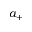
a _ { + }